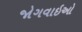
જોગવાઇઓ